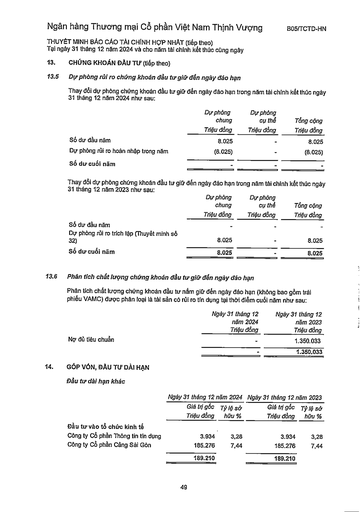
||Dự phòng chung Triệu đồng|Dự phòng cụ thể Triệu đồng|Tổng cộng Triệu đồng| |---|---|---|---| |Số dư đầu năm|8.025||8.025| |Dự phòng rủi ro hoàn nhập trong năm|(8.025)||(8.025)| |Số dư cuối năm|||| ||Dự phòng chung Triệu đồng|Dự phòng cụ thể Triệu đồng|Tổng cộng Triệu đồng| |---|---|---|---| |Số dư đầu năm|||| |Dự phòng rủi ro trích lập (Thuyết minh số 32)|8.025||8.025| |Số dư cuối năm|8.025||8.025| ||Ngày 31 tháng 12 năm 2024 Triệu đồng|Ngày 31 tháng 12 năm 2023 Triệu đồng| |---|---|---| |Nợ đủ tiêu chuẩn||1.350.033| |||1.350.033| ||Ngày 31 tháng 12|năm 2024|Ngày 31 tháng 12|năm 2023| |---|---|---|---|---| ||Giá trị gốc Triệu đồng|Tỷ lệ sở hữu %|Giá trị gốc Triệu đồng|Tỷ lệ sở hữu %| |Đầu tư vào tổ chức kinh tế Công ty Cổ phần Thông tin tín dụng|3.934|3,28|3.934|3,28| |Công ty Cổ phần Cảng Sài Gòn|185.276|7,44|185.276|7,44| ||189.210||189.210||